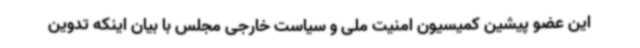
این عضو پیشین کمیسیون امنیت ملی و سیاست خارجی مجلس با بیان اینکه تدوین